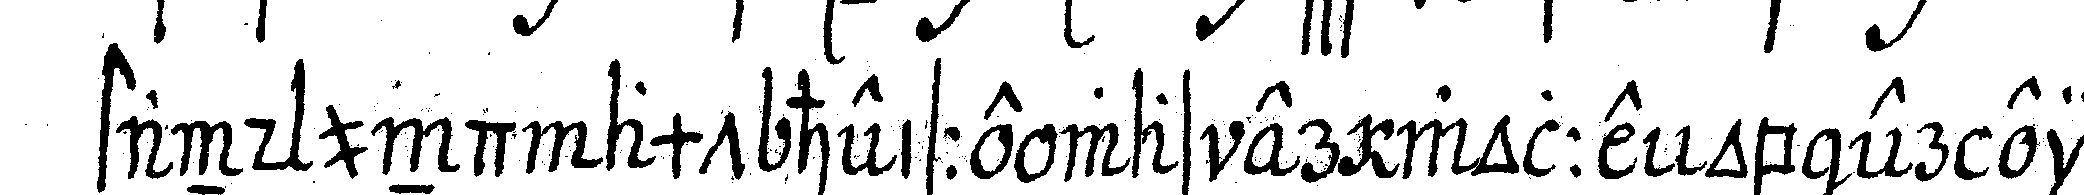
stand und amt heisse was er wolle ob er eineN